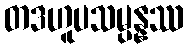
တဒဟူပသမ္ပန္နဿ